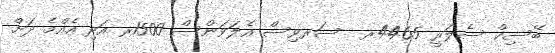
ބޭސިކް ސެލަރީ 4465ރ  ސަރވިސް އެލަވަންސް 1500ރ އަދި އެއްމެ ދަށް